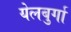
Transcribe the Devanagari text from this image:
येलबुर्गा